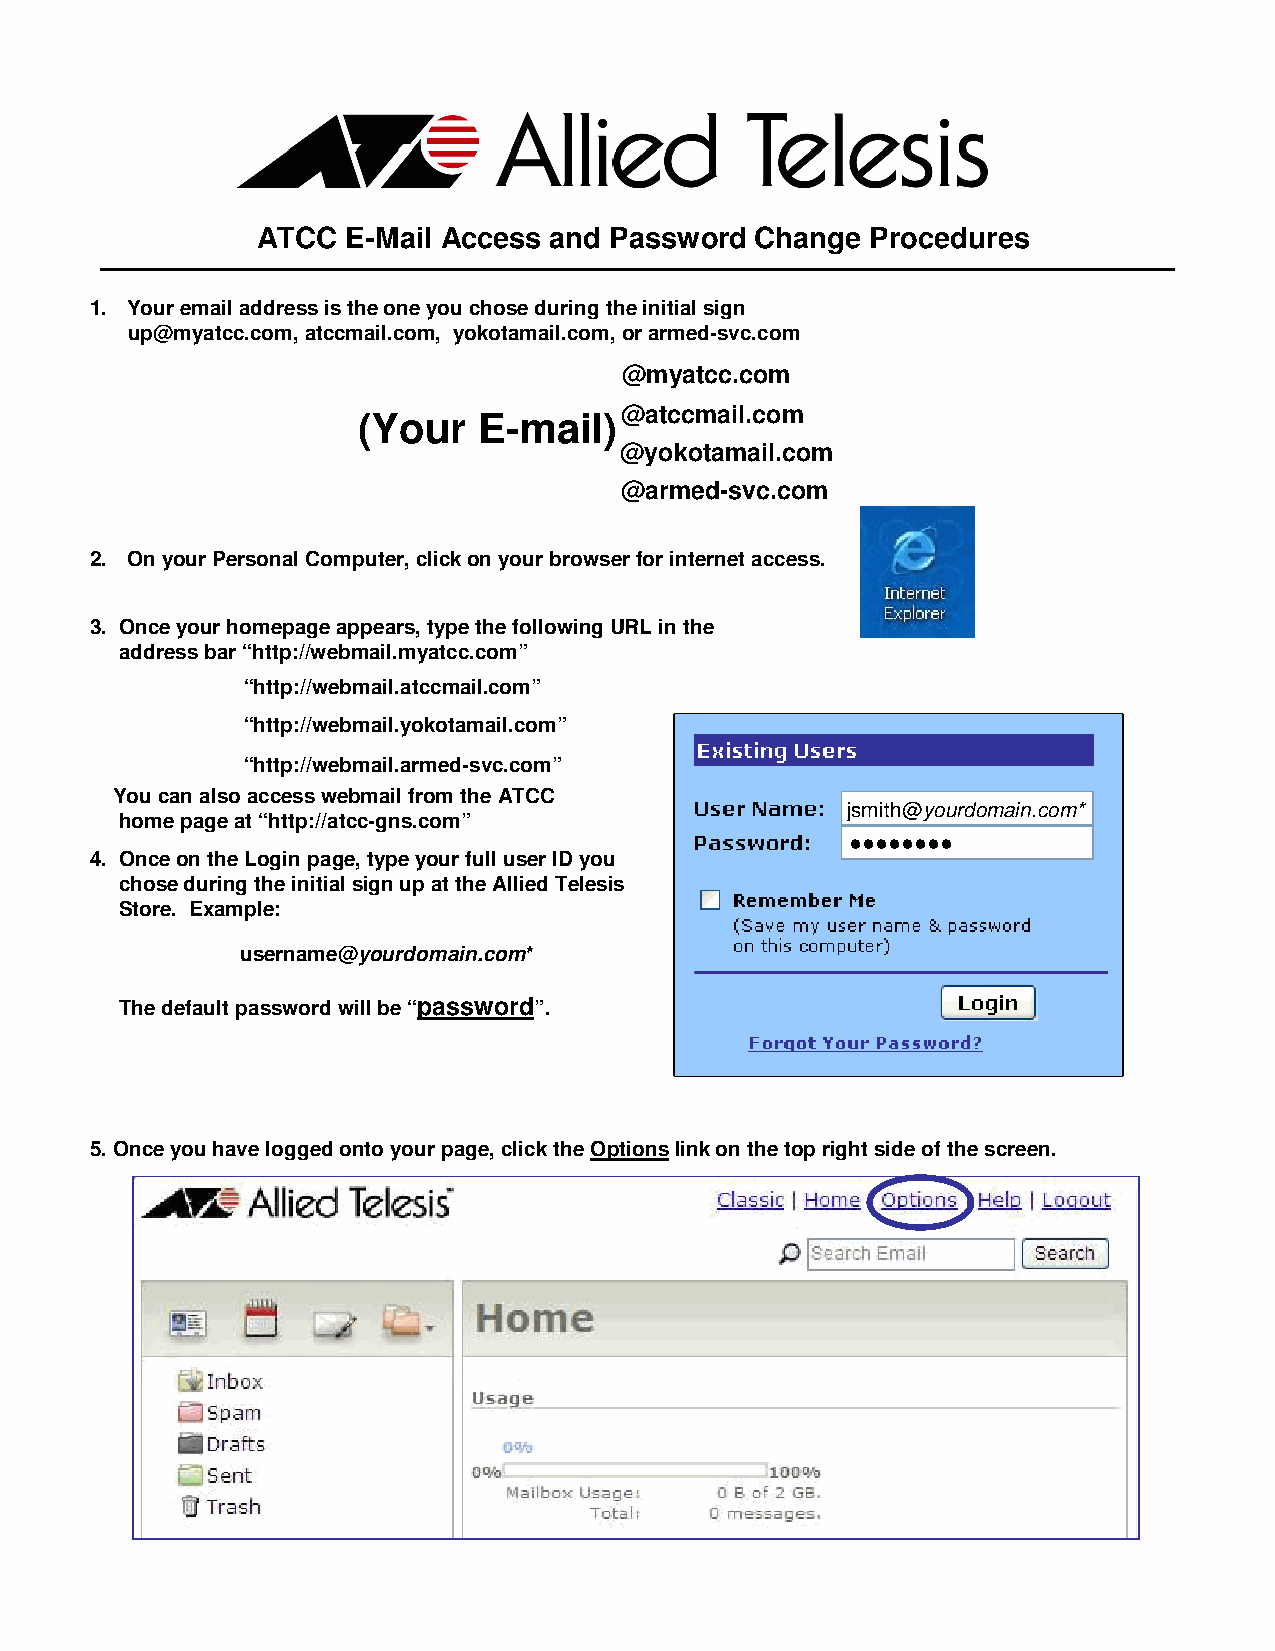
ATCC  E-Mail Access and Password Change  Procedures
 1. Your email address is the one you chose during the initial sign
 up@myatcc.com, atccmail.com, yokotamail.com, or armed-svc.com
 @myatcc.com
 @atccmail.com
 (Your   E-mail)
 @yokotamail.com
 @armed-svc.com
 2. On your Personal Computer, click on your browser for internet access.
 3. Once your homepage appears, type the following URL in the
 address bar “http://webmail.myatcc.com”
 “http://webmail.atccmail.com”
 “http://webmail.yokotamail.com”
 “http://webmail.armed-svc.com”
 You can also access webmail from the ATCC
 jsmith@yourdomain.com*
 home page at “http://atcc-gns.com”
 ••••••••
 4. Once on the Login page, type your full user ID you
 chose during the initial sign up at the Allied Telesis
 Store. Example:
 username@yourdomain.com*
 The default password will be “password”.
 5. Once you have logged onto your page, click the Optionslink on the top right side of the screen.